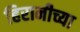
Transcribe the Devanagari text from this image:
हिरानीच्या